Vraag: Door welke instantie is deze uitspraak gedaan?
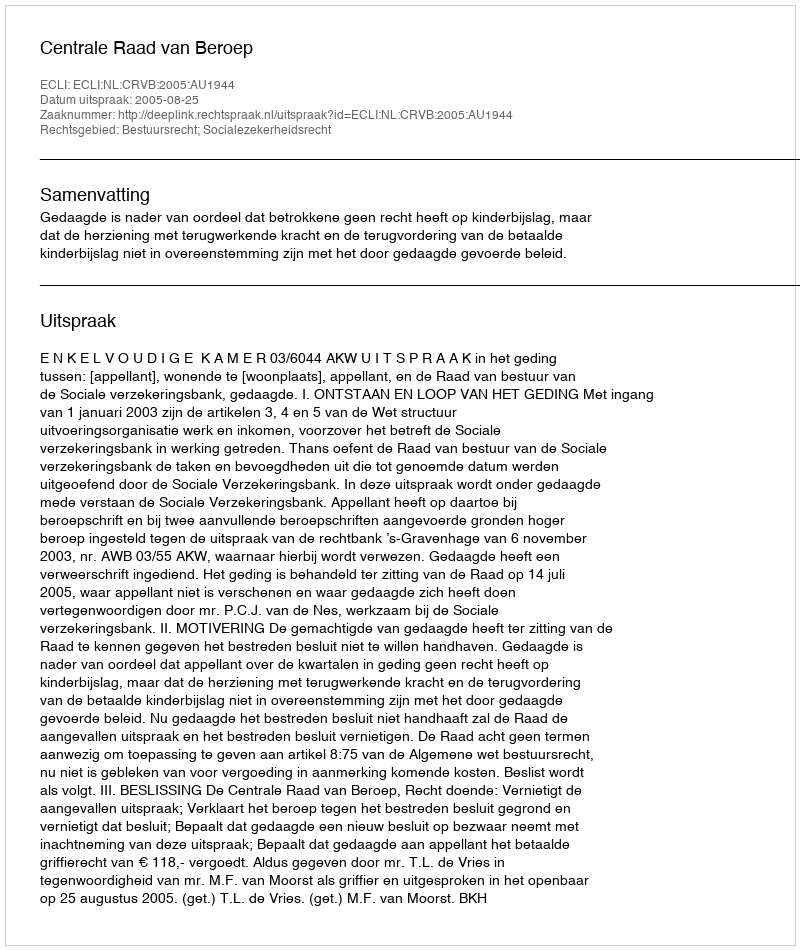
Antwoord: Centrale Raad van Beroep